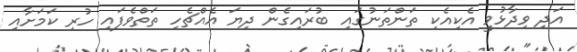
އަދި ވިދާޅުވީ އެކިއެކި ތަންތަނުގައި ބުރައިގެން ދިޔަ އެއްޗެހި ތަތްވެފައި ހުރި ކަމަށާއި